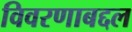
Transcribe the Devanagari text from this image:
विवरणाबद्दल